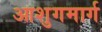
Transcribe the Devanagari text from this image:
आशुगमार्ग